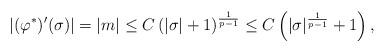
LaTeX: \begin{align*} \left|(\varphi^*)'(\sigma) \right| = |m| \leq C \left( |\sigma| +1\right)^{\frac{1}{p-1}} \leq C \left( |\sigma|^{\frac{1}{p-1}} +1\right),\end{align*}